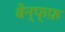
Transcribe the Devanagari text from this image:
बेन्फ्फ़